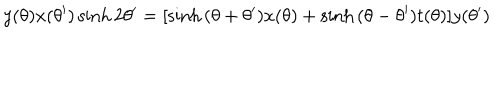
y ( \theta ) x ( \theta ^ { \prime } ) \sinh 2 \theta ^ { \prime } = [ \sinh { ( \theta + \theta ^ { \prime } ) } x ( \theta ) + \sinh { ( \theta - \theta ^ { \prime } ) } t ( \theta ) ] y ( \theta ^ { \prime } )